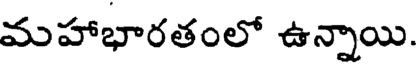
మహాభారతంలో ఉన్నాయి.